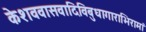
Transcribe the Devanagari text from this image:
केशववासवादिविबुधागाराभिरामां